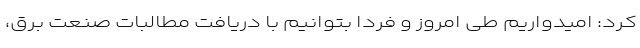
کرد: امیدواریم طی امروز و فردا بتوانیم با دریافت مطالبات صنعت برق،